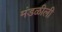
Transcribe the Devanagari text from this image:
मंडळीली